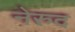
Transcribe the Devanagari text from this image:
नेरुद